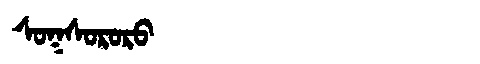
Manchu: ᠰᠣᡴᠰᠣᡵᠣᡵᠣ
Romanization: SOKSORORO